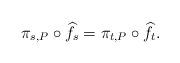
LaTeX: \begin{align*}\pi_{s,P} \circ \widehat f_s = \pi_{t,P} \circ \widehat f_t.\end{align*}